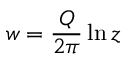
w = { \frac { Q } { 2 \pi } } \ln z